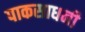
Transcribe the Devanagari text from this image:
पाकसाधनी